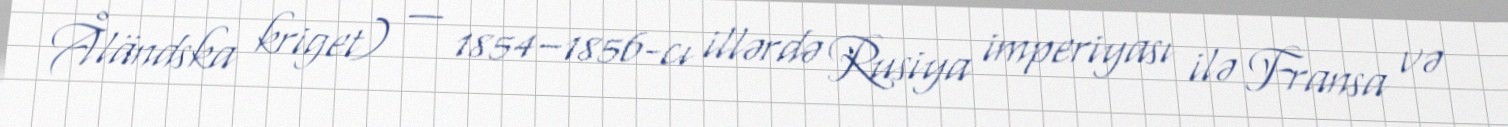
Åländska kriget) — 1854–1856-cı illərdə Rusiya imperiyası ilə Fransa və